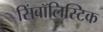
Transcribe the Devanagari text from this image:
सिंबॉलिस्टिक